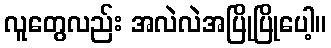
လူတွေလည်း အလဲလဲအပြိုပြိုပေါ့။